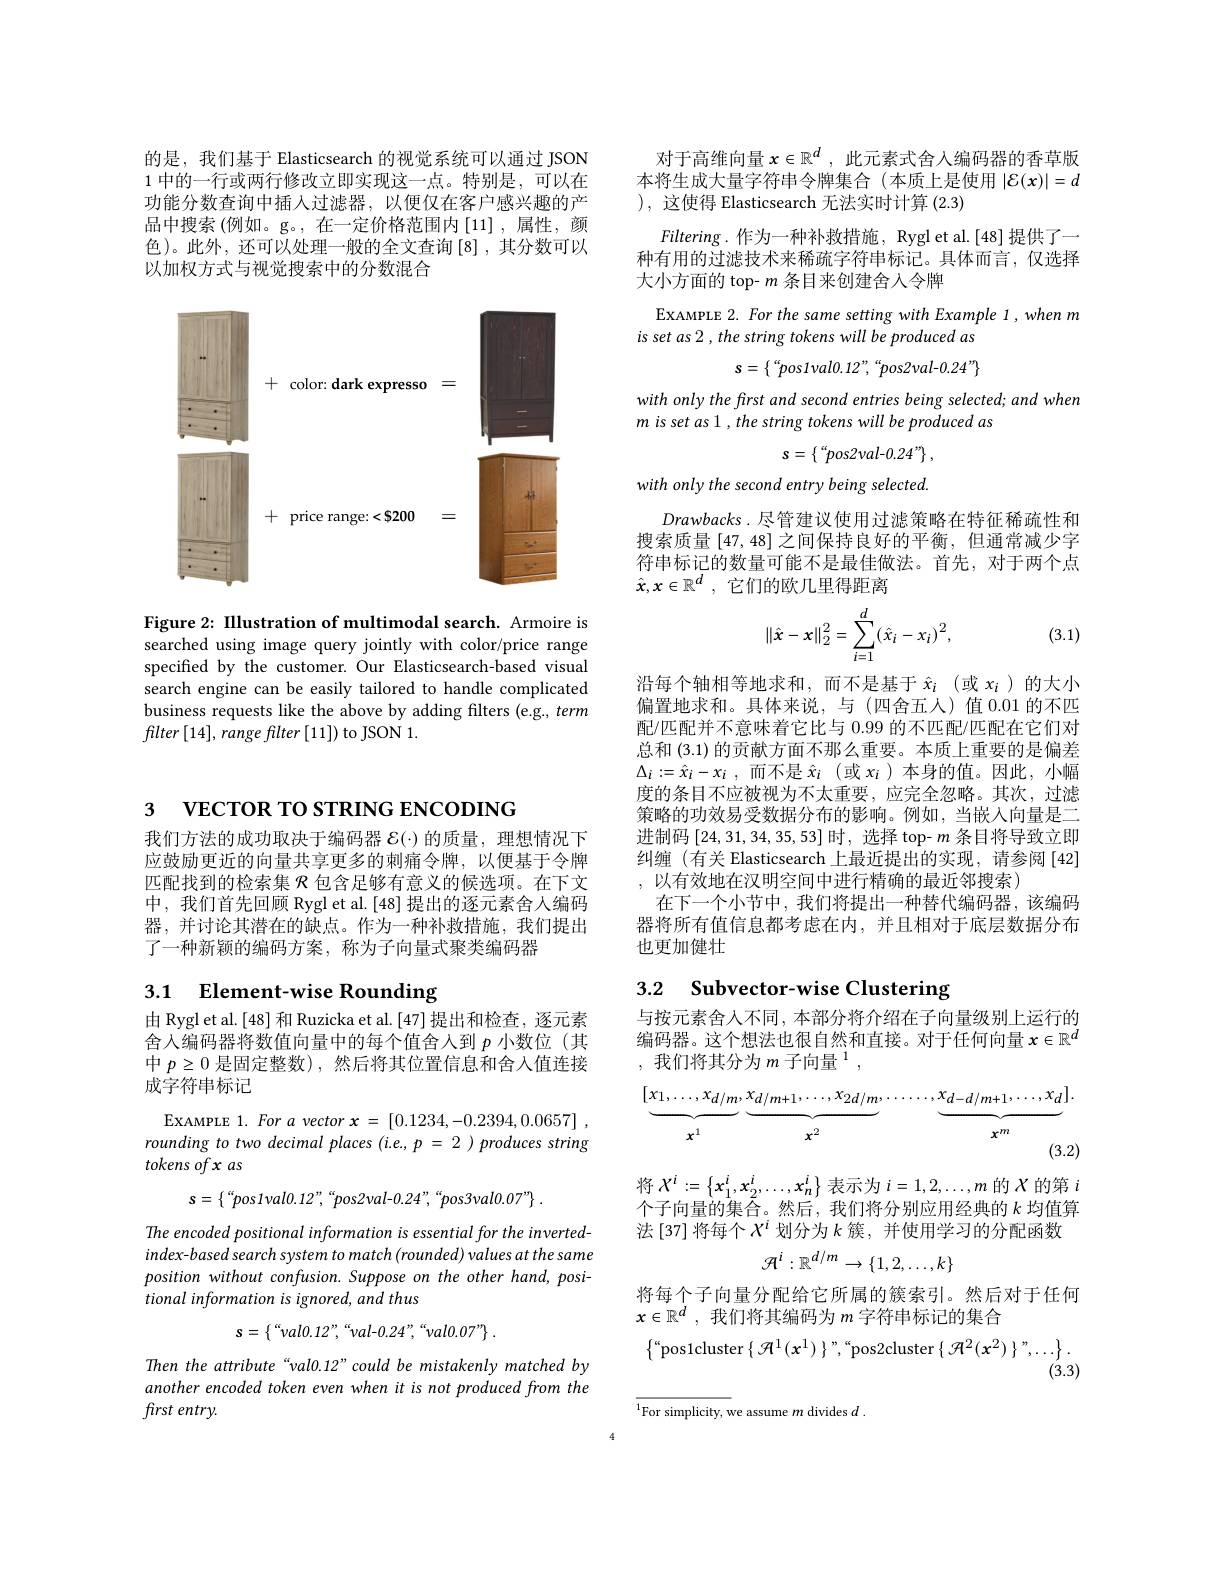
的是，我们基于 Elasticsearch 的视觉系统可以通过 JSON 1中的一行或两行修改立即实现这一点。特别是，可以在功能分数查询中插入过滤器，以便仅在客户感兴趣的产品中搜索 (例如。g。,在一定价格范围内[11] ,属性，颜色)。此外，还可以处理一般的全文查询[8],其分数可以以加权方式与视觉搜索中的分数混合

<FigureHere>

Figure 2: IIlustration of multimodal search. Armoire is searched using image query jointly with color/price range specified by the customer. Our Elasticsearch-based visual search engine can be easily tailored to handle complicated business requests like the above by adding filters (e.g., term $flter\left [ 14\right ] , \textit{range filter}\left [ 11\right ] )$to JSON 1.

3 VECTOR TO STRING ENCODING

我们方法的成功取决于编码器$\mathcal{E}(\cdot)$的质量，理想情况下应鼓励更近的向量共享更多的刺痛令牌，以便基于令牌匹配找到的检索集$\mathcal{R}$包含足够有意义的候选项。在下文中，我们首先回顾 Rygl et al.[48] 提出的逐元素舍人编码器，并讨论其潜在的缺点。作为一种补救措施，我们提出了一种新颖的编码方案，称为子向量式聚类编码器

# 3.1 Element-wise Rounding

由 Rygl et al. [48] 和 Ruzicka et al. [47] 提出和检查，逐元素舍人编码器将数值向量中的每个值舍人到$p$小数位 (其中$p\geq0$是固定整数),然后将其位置信息和舍人值连接成字符串标记

EXAMPLE 1. For a vector x = [ 0. 1234, - 0. 2394, 0. 0657] , rounding to two decimal places (i.e., p = 2 ) produces string $tokens\textit{ofx as}$
$$s=\{“pos1val0.12”,“pos2val-0.24”,“pos3val0.07”\}\:.$$
The encoded positional information is essential for the invertedindex-based search system to match (rounded) values at the same position without confusion. Suppose on the other hand, positional information is ignored, and thus
$$s=\{“val0.12”,“val-0.24”,“val0.07”\}\:.$$
Then the attribute“val0.12”could be mistakenly matched by

another encoded token even when it is not produced from the
first entry.

对于高维向量$x\in\mathbb{R}^d$,此元素式舍人编码器的香草版本将生成大量字符串令牌集合(本质上是使用$|\mathcal{E}(x)|=d$ ),这使得 Elasticsearch 无法实时计算 (2.3)

$Filtering.$作为一种补救措施，Rygl et al. [48] 提供了一种有用的过滤技术来稀疏字符串标记。具体而言，仅选择大小方面的 top- $m$条目来创建舍人令牌

EXAMPLE 2. For the same setting with Example 1,when m
is set as 2 , the string tokens will be produced as
$$s=\{``pos1val0.12",``pos2val-0.24"\}$$
with only the first and second entries being selected; and when
m is set as 1 , the string tokens will be produced as
$$s=\{“pos2val-0.24”\}\:,$$
with only the second entry being selected.

Drawbacks. 尽管建议使用过滤策略在特征稀疏性和搜索质量[47,48]之间保持良好的平衡，但通常减少字符串标记的数量可能不是最佳做法。首先，对于两个点$\hat{\boldsymbol{x}} , \boldsymbol{x}\in \mathbb{R} ^d$ , 它们的欧几里得距离
$$\left\|\hat{x}-x\right\|_2^2=\sum_{i=1}^d\left(\hat{x}_i-x_i\right)^2,$$
(3.1)

沿每个轴相等地求和，而不是基于$\hat{x}_i$ (或$x_i$ )的大小偏置地求和。具体来说，与(四舍五人)值 0.01 的不匹配/匹配并不意味着它比与 0.99 的不匹配/匹配在它们对总和(3.1)的贡献方面不那么重要。本质上重要的是偏差$\Delta _i: = \hat{x} _i- x_i$ ,而不是 $\hat{x}_i$ (或 $x_i$ )本身的值。因此，小幅度的条目不应被视为不太重要，应完全忽略。其次，过滤策略的功效易受数据分布的影响。例如，当嵌入向量是二进制码$\left[24,31,34,35,53\right]$时，选择 top-$m$条目将导致立即纠缠 (有关 Elasticsearch 上最近提出的实现，请参阅 [42] ,以有效地在汉明空间中进行精确的最近邻搜索)
在下一个小节中，我们将提出一种替代编码器，该编码器将所有值信息都考虑在内，并且相对于底层数据分布也更加健壮

# 3.2 $\textbf{Subvector- wise Clustering}$

与按元素舍人不同，本部分将介绍在子向量级别上运行的编码器。这个想法也很自然和直接。对于任何向量$x\in\mathbb{R}^d$ ,我们将其分为$m\text{ 子向量 }^1$,
$$[\underbrace{x_1,\ldots,x_{d/m}}_{x^1},\underbrace{x_{d/m+1},\ldots,x_{2d/m}}_{x^2},\ldots\ldots,\underbrace{x_{d-d/m+1},\ldots,x_d}_{x^m}].$$
将$X^i:=\left\{x_{1}^{i},x_{2}^{i},\ldots,x_{n}^{i}\right\}$表示为$i=1,2,\ldots,m$的$X$的第$i$ 个子向量的集$\tilde{\text{合。然后}}^{\prime}$,我们将分别应用经典的 $k$ 均值算法[37] 将每个$X^i$划分为$k$簇，并使用学习的分配函数
$$\mathcal{A}^i:\mathbb{R}^{d/m}\to\{1,2,\ldots,k\}$$
将每个子向量分配给它所属的簇索引。然后对于任何
$x\in \mathbb{R} ^d$ , 我们将其编码为 $m$ 字符串标记的集合
$\begin{Bmatrix}“\text{pos1cluster}\begin{Bmatrix}{\mathcal{H}}^{1}(x^{1})\end{Bmatrix}”,“\text{pos2cluster}\begin{Bmatrix}{\mathcal{H}}^{2}(x^{2})\end{Bmatrix}”,\ldots\end{Bmatrix}.$

${\overline{^1\text{For simplicity, w}}}$e assume $m$ divides $d.$